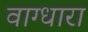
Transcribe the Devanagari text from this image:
वाग्धारा